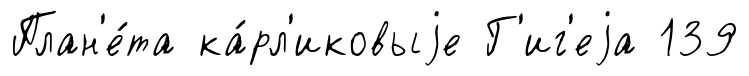
План'е́та ка́рл'иковыjе Г'иг'еjа 139